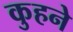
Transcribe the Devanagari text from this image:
कुहने